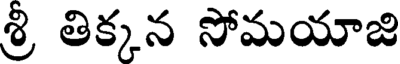
శ్రీ తిక్కన సోమయాజి